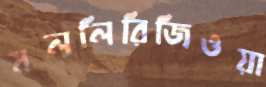
মললিরিজিওয়া